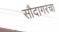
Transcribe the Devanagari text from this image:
सौदागरचा